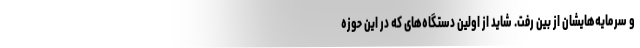
و سرمایه‌هایشان از بین رفت. شاید از اولین دستگاه‌های که در این حوزه